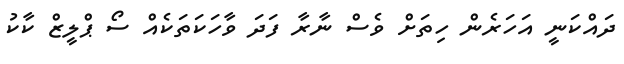
ދައްކަނީ އަހަރެން ހިތަށް ވެސް ނާރާ ފަދަ ވާހަކަތަކެއް ސޯ ޕްލީޒް ކާކު